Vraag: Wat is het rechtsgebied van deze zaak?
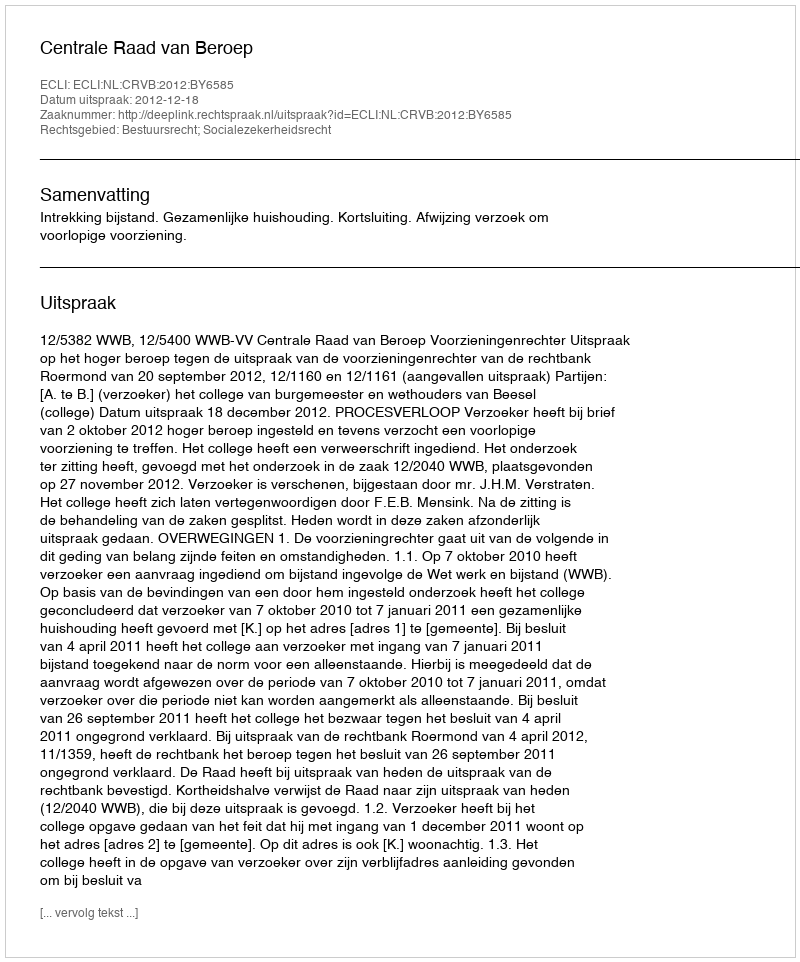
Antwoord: Bestuursrecht; Socialezekerheidsrecht